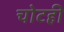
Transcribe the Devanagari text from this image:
चोटही